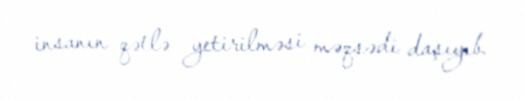
insanın qətlə yetirilməsi məqsədi daşıyıb.